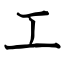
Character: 工